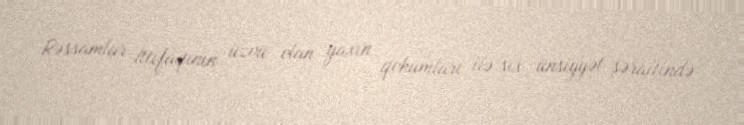
Rəssamlar İttifaqının üzvü olan yaxın qohumları ilə sıx ünsiyyət şəraitində